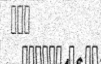
١٥٣